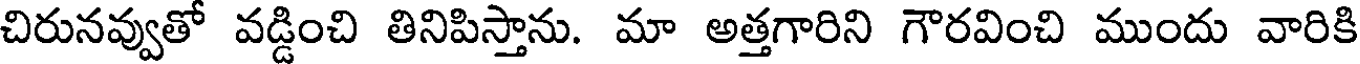
చిరునవ్వుతో వడ్డించి తినిపిస్తాను. మా అత్తగారిని గౌరవించి ముందు వారికి